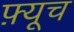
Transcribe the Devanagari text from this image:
फ़्यूच